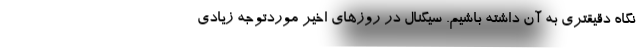
نگاه دقیقتری به آن داشته باشیم. سیگنال در روزهای اخیر موردتوجه زیادی